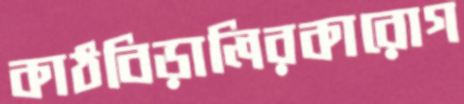
কাঠবিড়ালিরকারোগ